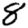
Digit: 8